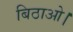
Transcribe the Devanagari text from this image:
बिठाओ।